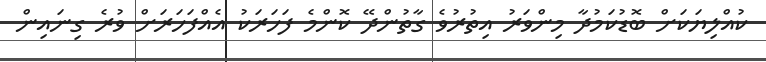
ކުއްލިޔަކަށް ބޮޑުކަމުދާ މިންވަރު އިތުރުވެ ގާތުންދޭ ކޮންމެ ފަހަރަކު އެއްފަހަރަށް ވުރެ ގިނައިން